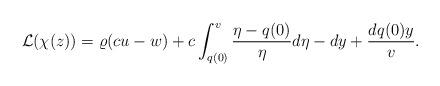
LaTeX: \begin{align*} \mathcal{L}(\chi(z)) &=\varrho(cu-w)+c\int_{q(0)}^v\frac{\eta-q(0)}{\eta}d\eta-dy+\frac{dq(0) y}{v}.\end{align*}